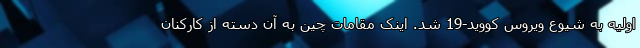
اولیه به شیوع ویروس کووید-19 شد. اینک مقامات چین به آن دسته از کارکنان